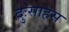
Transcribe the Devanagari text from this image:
दुःसाहस